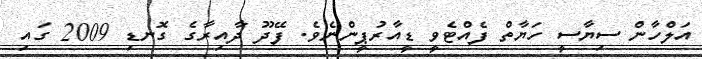
އަލްހާން ސިޔާސީ ހަޔާތް ފެއްޓެވީ ޑީއާރުޕީންނެވެ. ފޭދޫ ދާއިރާގެ ގޮނޑި 2009 ގައި